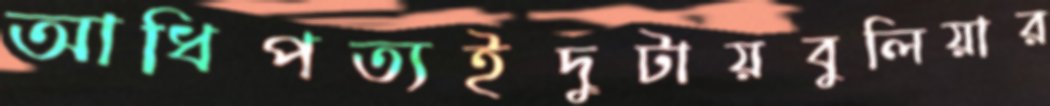
আধিপত্যইদুটায়বুলিয়ার